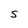
Character: S